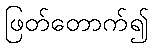
ဖြတ်တောက်၍